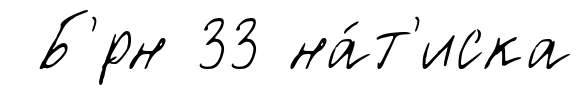
Б'́рн 33 на́т'иска